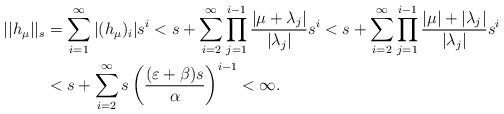
LaTeX: \begin{align*} ||h_\mu||_s &=\sum_{i=1}^\infty|(h_\mu)_i|s^i<s+\sum_{i=2}^\infty\prod_{j=1}^{i-1}\frac{|\mu+\lambda_j|}{|\lambda_j|}s^{i}<s+\sum_{i=2}^\infty\prod_{j=1}^{i-1}\frac{|\mu|+|\lambda_j|}{|\lambda_j|}s^{i}\\&<s+\sum_{i=2}^\infty s \left(\frac{(\varepsilon+\beta)s}{\alpha}\right)^{i-1}<\infty.\end{align*}